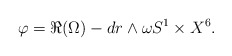
\begin{align*}\varphi = \Re (\Omega) - dr \wedge \omega S^1 \times X^6.\end{align*}